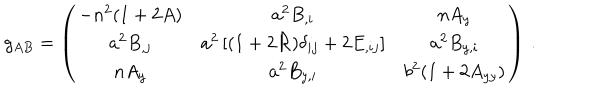
LaTeX: g _ { A B } = \left( \begin{array} { c c c } { { - n ^ { 2 } ( 1 + 2 A ) } } & { { a ^ { 2 } B _ { , i } } } & { { n A _ { y } \nonumber } } \\ { { a ^ { 2 } B _ { , j } } } & { { a ^ { 2 } \left[ ( 1 + 2 { \cal { R } } ) \delta _ { i j } + 2 E _ { , i j } \right] } } & { { a ^ { 2 } B _ { y , i } \nonumber } } \\ { { n A _ { y } } } & { { a ^ { 2 } B _ { y , i } } } & { { b ^ { 2 } ( 1 + 2 A _ { y y } ) \nonumber } } \\ \end{array} \right) \, .